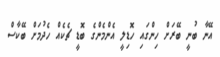
އޭނާ ބުނީ ބޭރަށް ހިންގައި ހޮޑިލީ އެންމެންގެ ބޮޑީ ޗެކެއް ހެދުމަށް ބޭކާސް